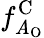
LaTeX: f_{\mathit{A}_{\mathrm{{O}}}}^{\mathrm{{C}}}